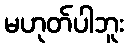
မဟုတ်ပါဘူး